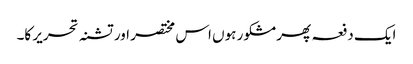
ایک دفعہ پھر مشکور ہوں اس مختصر اور تشنہ تحریر کا۔